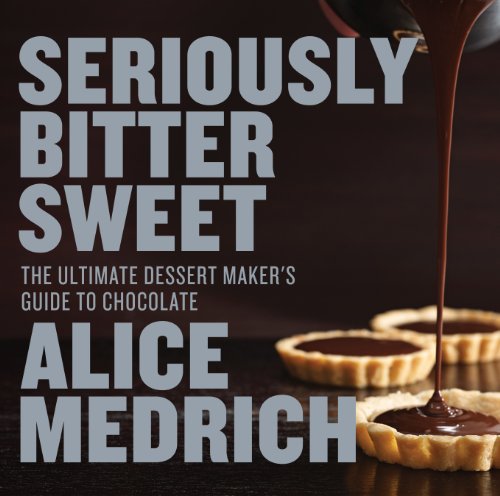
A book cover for Seriously Bitter Sweet: The Ultimate Dessert Maker's Guide to Chocolate; Alice Medrich; Cookbooks, Food & Wine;